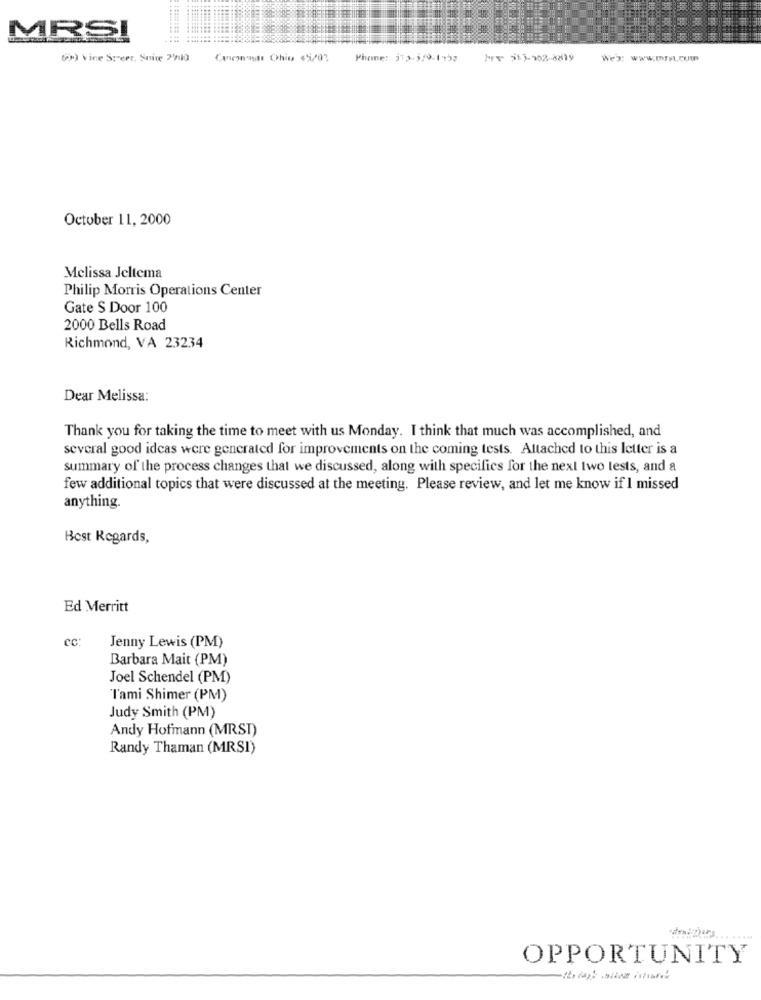
MRSI
(pm) Vice Sperr, Snice 2000
Caremnants Chiu 45/03
Phone: 13-5/9-1752
Wer: www.mrF.cUm
October 11, 2000
Melissa Jeltema
Philip Morris Operations Center
Gate S Door 100
2000 Bells Road
Richmond, VA 23234
Dear Melissa:
Thank you for taking the time to meet with us Monday. I think that much was accomplished, and
several good ideas were generated for improvements on the coming tests. Attached to this letter is a
summary of the process changes that we discussed, along with specifics for the next two tests, and a
few additional topics that were discussed at the meeting. Please review, and let me know if I missed
anything.
Best Regards,
Ed Merritt
cc:
Jenny Lewis (PM)
Barbara Mait (PM)
Joel Schendel (PM)
Tami Shimer (PM)
Judy Smith (PM)
Andy Hofmann (MRST)
Randy Thaman (MRSI)
OPPORTUNITY